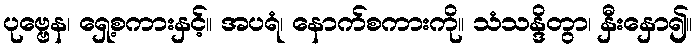
ပုဗ္ဗေန၊ ရှေ့စကားနှင့်။ အပရံ၊ နောက်စကားကို။ သံသန္ဒိတွာ၊ နှီးနှော၍။